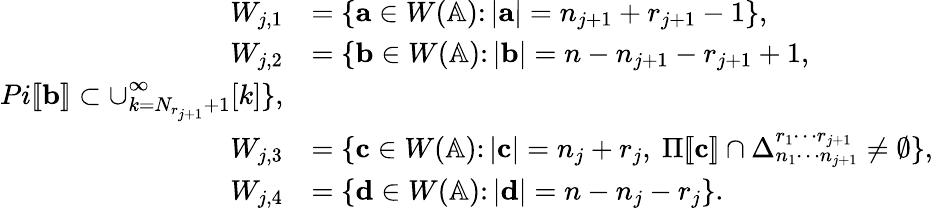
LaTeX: \begin{array}{rl}{W_{j,1}}&{=\left\{ \mathbf a\in W(\mathbb A)\colon|\mathbf a|=n_{j+1}+r_{j+1}-1\right\} ,}\\ {W_{j,2}}&{=\{ \mathbf b\in W(\mathbb A)\colon|\mathbf b|=n-n_{j+1}-r_{j+1}+1,}\\ {Pi[\! [\mathbf b]\! ]\subset\cup_{k=N_{r_{j+1}}+1}^{\infty}[k]\} ,}\\ {W_{j,3}}&{=\{ \mathbf c\in W(\mathbb A)\colon|\mathbf c|=n_{j}+r_{j},\ \Pi[\! [\mathbf c]\! ]\cap\Delta_{n_{1}\cdots n_{j+1}}^{r_{1}\cdots r_{j+1}}\neq\emptyset\} ,}\\ {W_{j,4}}&{=\left\{ \mathbf d\in W(\mathbb A)\colon|\mathbf d|=n-n_{j}-r_{j}\right\} .}\end{array}